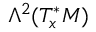
\Lambda ^ { 2 } ( T _ { x } ^ { * } M )